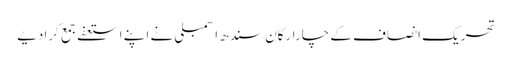
تحریک انصاف کے چارارکان سندھ اسمبلی نے اپنے استعفےجمع کرادیے